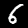
Label: 6